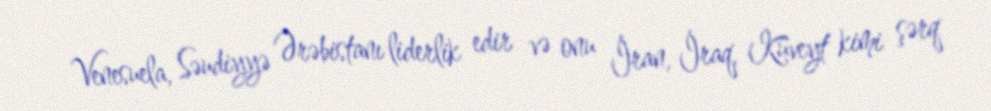
Venesuela, Səudiyyə Ərəbistanı liderlik edir və onu İran, İraq, Küveyt kimi şərq